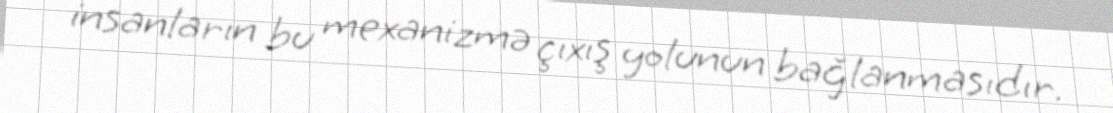
insanların bu mexanizmə çıxış yolunun bağlanmasıdır.